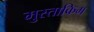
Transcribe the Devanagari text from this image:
मुस्ताकिम